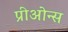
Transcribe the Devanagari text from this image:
प्रीओन्स